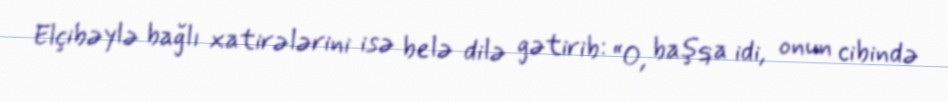
Elçibəylə bağlı xatirələrini isə belə dilə gətirib: “O, başqa idi, onun cibində